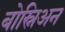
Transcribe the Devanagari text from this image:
बोस्निअन